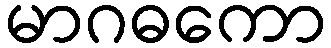
မာဂဓကော